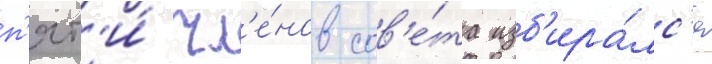
п'ят'и́ чл'е́нов сов'е́та изб'ира́лс'я